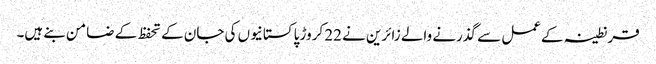
قرنطینہ کےعمل سے گذرنے والے زائرین نے 22 کروڑ پاکستانیوں کی جان کے تحفظ کے ضامن بنے ہیں۔